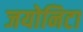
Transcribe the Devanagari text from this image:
जयोनिटा